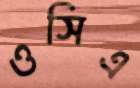
ওসিএ